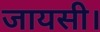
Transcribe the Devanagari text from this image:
जायसी।